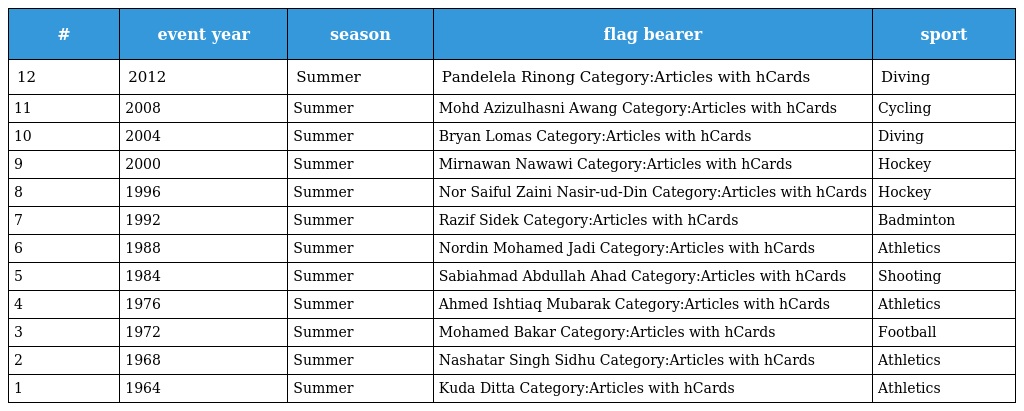
| # | event year | season | flag bearer | sport |
 | --- | --- | --- | --- | --- |
 | 12 | 2012 | Summer | Pandelela Rinong Category:Articles with hCards | Diving |
 | 11 | 2008 | Summer | Mohd Azizulhasni Awang Category:Articles with hCards | Cycling |
 | 10 | 2004 | Summer | Bryan Lomas Category:Articles with hCards | Diving |
 | 9 | 2000 | Summer | Mirnawan Nawawi Category:Articles with hCards | Hockey |
 | 8 | 1996 | Summer | Nor Saiful Zaini Nasir-ud-Din Category:Articles with hCards | Hockey |
 | 7 | 1992 | Summer | Razif Sidek Category:Articles with hCards | Badminton |
 | 6 | 1988 | Summer | Nordin Mohamed Jadi Category:Articles with hCards | Athletics |
 | 5 | 1984 | Summer | Sabiahmad Abdullah Ahad Category:Articles with hCards | Shooting |
 | 4 | 1976 | Summer | Ahmed Ishtiaq Mubarak Category:Articles with hCards | Athletics |
 | 3 | 1972 | Summer | Mohamed Bakar Category:Articles with hCards | Football |
 | 2 | 1968 | Summer | Nashatar Singh Sidhu Category:Articles with hCards | Athletics |
 | 1 | 1964 | Summer | Kuda Ditta Category:Articles with hCards | Athletics |